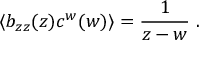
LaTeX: \langle b _ { z z } ( z ) c ^ { w } ( w ) \rangle = \frac { 1 } { z - w } \ .